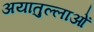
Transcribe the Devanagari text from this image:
अयातुल्लाओं